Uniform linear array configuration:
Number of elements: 32
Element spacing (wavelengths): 1
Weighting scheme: exponential
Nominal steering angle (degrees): -60
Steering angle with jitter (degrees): -61.067
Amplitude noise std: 0.05
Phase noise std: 0.05

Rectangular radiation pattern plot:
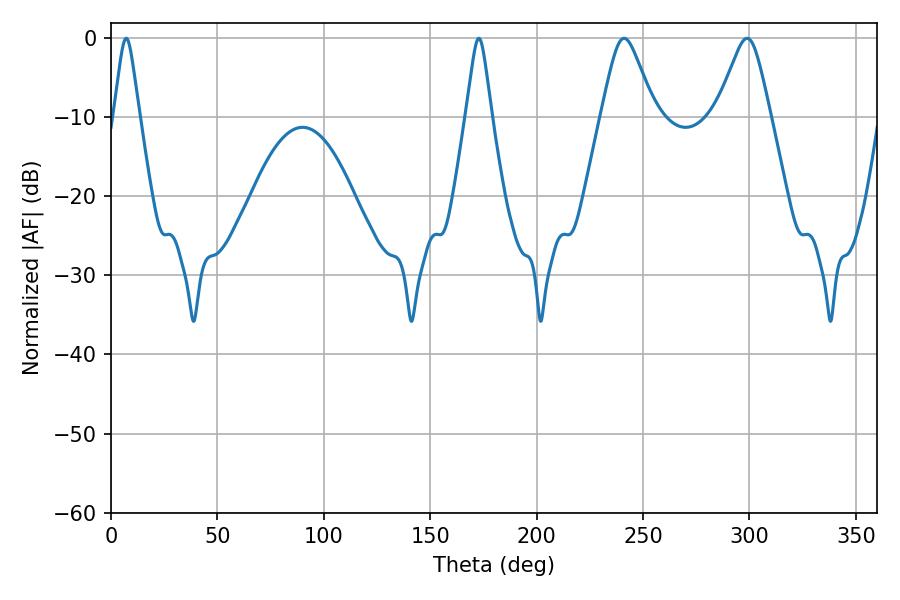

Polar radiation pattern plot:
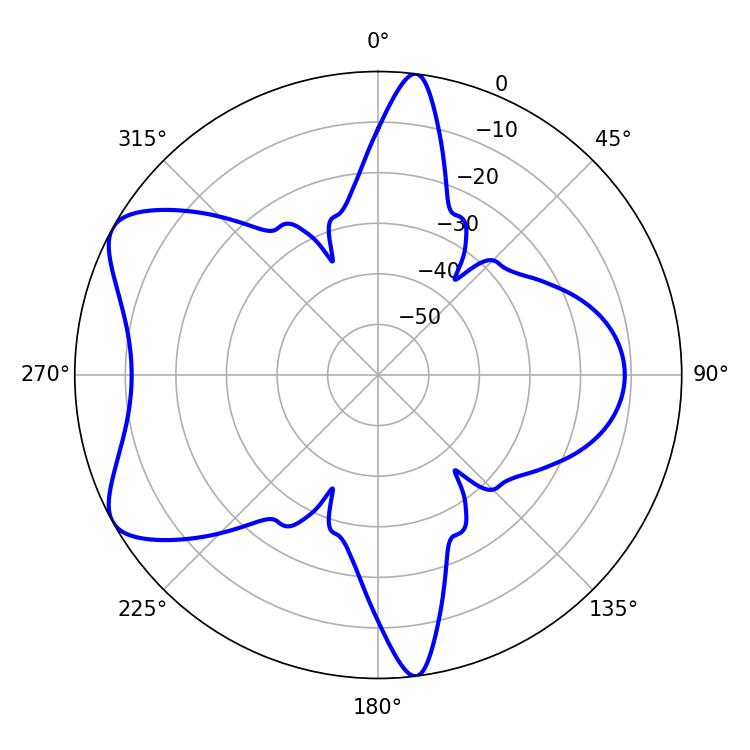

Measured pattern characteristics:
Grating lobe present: TRUE
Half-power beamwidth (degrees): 12.06
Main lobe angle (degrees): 241.02